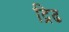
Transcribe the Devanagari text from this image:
द्रिढ